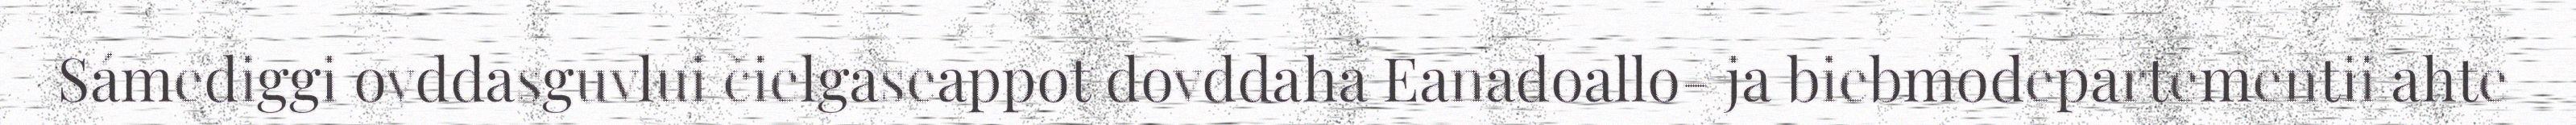
Sámediggi ovddasguvlui čielgaseappot dovddaha Eanadoallo- ja biebmodepartementii ahte